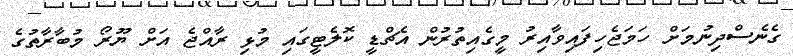
ގެނެސްދިނުމަށް ހަމަޖެހިފައިވާއިރު މީގެއިތުރުން އެޗްޑީ ކޮލެޓީގައި މުޅި ރާއްޖެ އަށް ޔޫރޯ މުބާރާތުގެ